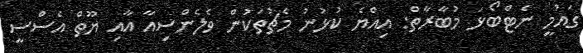
ގައުމީ ނެޓްބޯޅަ މުބާރާތް: އިއްޔެ ކުޅުނު މެޗުތަކުން ވެލެންސިއާ އާއި ޔޫތް އެސްސީ